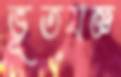
ভূতযজ্ঞ